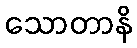
သောတာနိ